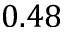
0 . 4 8